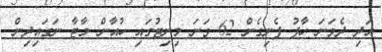
އަދި ދެވަނަ ހާފު ފެށިގެން 62 ވަނަ މިނިޓުގައި ހުއާން މާޓާ ނަގައިދިން